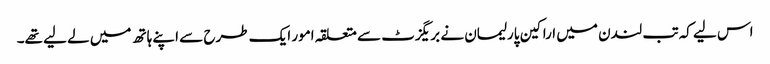
اس لیے کہ تب لندن میں اراکین پارلیمان نے بریگزٹ سے متعلقہ امور ایک طرح سے اپنے ہاتھ میں لے لیے تھے۔